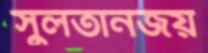
সুলতানজয়